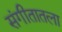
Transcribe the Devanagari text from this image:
संगीतातला